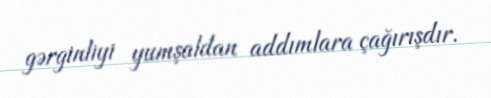
gərginliyi yumşaldan addımlara çağırışdır.